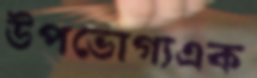
উপভোগ্যএক